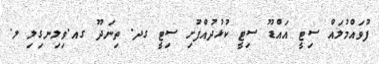
ފުވައްމުލައް ސިޓީ އައްޑޫ ސިޓީ ކުޅުދުއްފުށި ސިޓީ ގދ. ތިނަދޫ ގއ.ވިލިނގިލި ލ.